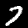
Digit: 7